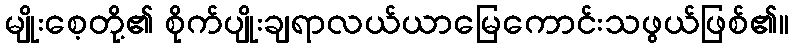
မျိုးစေ့တို့၏ စိုက်ပျိုးချရာလယ်ယာမြေကောင်းသဖွယ်ဖြစ်၏။